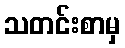
သတင်းစာမှ